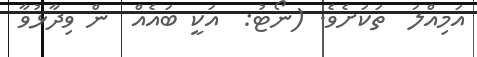
އަމިއްލަ  ތަކަށެވެ. (ނޯޓު:  އަކީ ބައެއް  ން ވިދާޅުވާ